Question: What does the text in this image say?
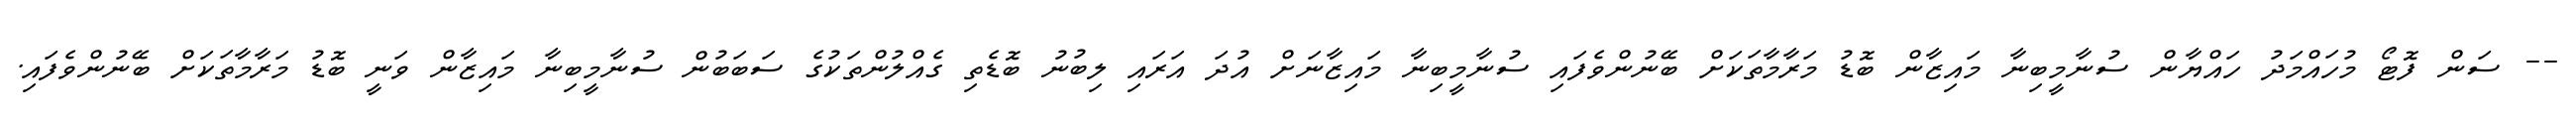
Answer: -- ސަން ފޮޓޯ މުހައްމަދު ހައްޔާން ސުނާމީބިނާ މައިޒާން ބޮޑު މަރާމާތަކަށް ބޭނުންވެފައި ސުނާމީބިނާ މައިޒާނަށް އުދަ އަރައި ލިބުނު ބޮޑެތި ގެއްލުންތަކުގެ ސަބަބުން ސުނާމީބިނާ މައިޒާން ވަނީ ބޮޑު މަރާމާތަކަށް ބޭނުންވެފައި.